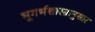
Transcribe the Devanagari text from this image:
भूगर्भशास्त्रानुसार